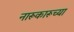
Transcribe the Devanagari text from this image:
नारूकारूच्या